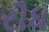
રૌધ